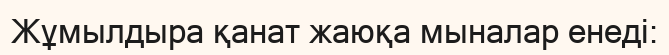
Жұмылдыра қанат жаюқа мыналар енеді: